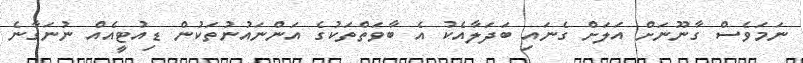
ނަމަވެސް ގާނޫނަށް އަލަށް ގެނައި ބަދަލާއެކު އެ ބާވަތްތަކުގެ އަންނައުނުތަކުން ޑިއުޓީއެއް ނުނަގާނެ